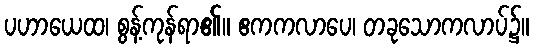
ပဟာယေထ၊ စွန့်ကုန်ရာ၏။ ဧကကလာပေ၊ တခုသောကလာပ်၌။